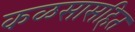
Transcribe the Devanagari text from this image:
कळसासहित